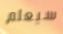
سيعلم